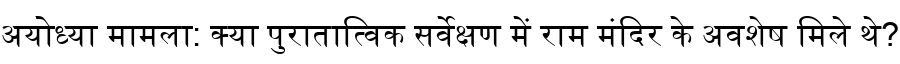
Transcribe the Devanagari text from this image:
अयोध्या मामला: क्या पुरातात्विक सर्वेक्षण में राम मंदिर के अवशेष मिले थे?